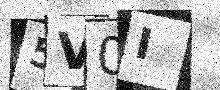
Text: 5V0I